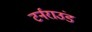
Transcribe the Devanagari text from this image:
टर्नराउंड